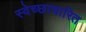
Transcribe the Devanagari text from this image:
स्वेच्छाचारित